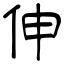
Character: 伸